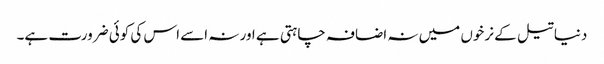
دنیا تیل کے نرخوں میں نہ اضافہ چاہتی ہے اور نہ اسے اس کی کوئی ضرورت ہے۔